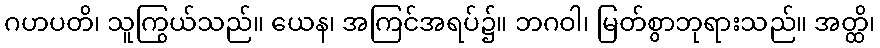
ဂဟပတိ၊ သူကြွယ်သည်။ ယေန၊ အကြင်အရပ်၌။ ဘဂဝါ၊ မြတ်စွာဘုရားသည်။ အတ္ထိ၊